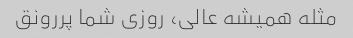
مثله همیشه عالی، روزی شما پررونق